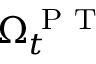
\Omega _ { t } ^ { \mathrm { ~ P ~ T ~ } }